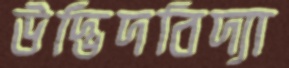
উদ্ভিদবিদ্যা